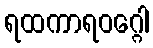
ရထကာရဝဂ္ဂေါ